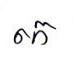
កេ